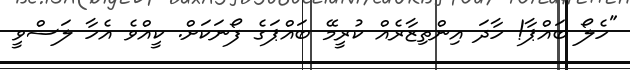
"ހެލޯ ބައްޕާ! ހާދަ އިންތިޒާރެއް ކުރީމޭ ބައްޕަގެ ފޯނަކަށް. ކީއްވެ އެހާ ލަސްވީ